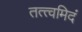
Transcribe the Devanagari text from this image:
तत्त्वमिदं